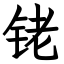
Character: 铑